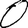
Digit: 0